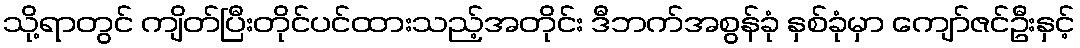
သို့ရာတွင် ကျိတ်ပြီးတိုင်ပင်ထားသည့်အတိုင်း ဒီဘက်အစွန်ခုံ နှစ်ခုံမှာ ကျော်ဇင်ဦးနှင့်